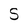
Character: S